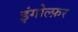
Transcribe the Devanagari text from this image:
इंगोल्फ़र